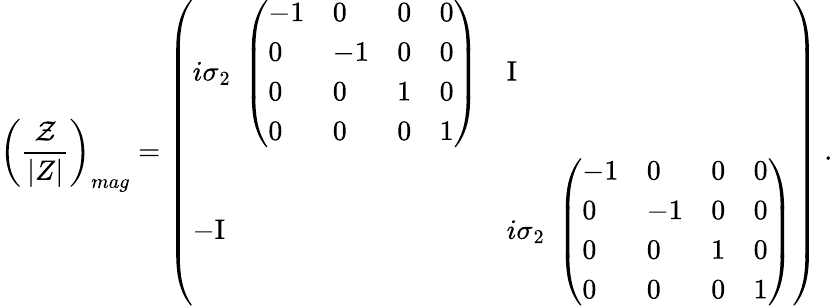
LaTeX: \left({\frac{\cal Z}{|Z|}}\right)_{mag}=\left(\begin{array}{ll}{{i\sigma_{2}\; \left(\begin{array}{llll}{{-1}}&{{0}}&{{0}}&{{0}}\\ {{0}}&{{-1}}&{{0}}&{{0}}\\ {{0}}&{{0}}&{{1}}&{{0}}\\ {{0}}&{{0}}&{{0}}&{{1}}\end{array}\right)}}&{{\mathrm{I}}}\\ {{-\mathrm{I}}}&{{i\sigma_{2}\; \left(\begin{array}{llll}{{-1}}&{{0}}&{{0}}&{{0}}\\ {{0}}&{{-1}}&{{0}}&{{0}}\\ {{0}}&{{0}}&{{1}}&{{0}}\\ {{0}}&{{0}}&{{0}}&{{1}}\end{array}\right)}}\end{array}\right)\ .